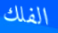
الفلك